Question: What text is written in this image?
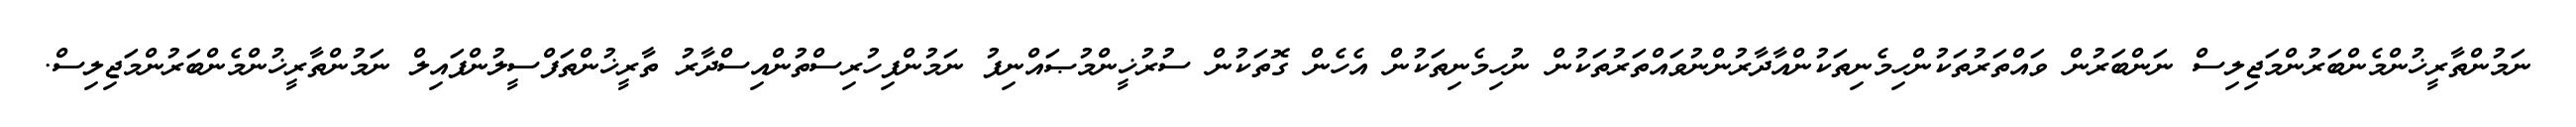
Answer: ނަމުންތާރީޚުންމެންބަރުންމަޖިލިސް ނަންބަރުން ވައްތަރުތަކުންހިމެނިތަކުންއާދާރުންނުވައްތަރުތަކުން ނުހިމެނިތަކުން އެހެން ގޮތަކުން ސުރުޚީންމުޞައްނިފު ނަމުންފިހުރިސްތުންއިސްދާރު ތާރީޚުންތަފްސީލުންފައިލް ނަމުންތާރީޚުންމެންބަރުންމަޖިލިސް.